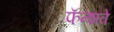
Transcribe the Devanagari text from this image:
फॅन्शवे